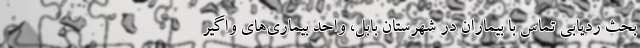
بحث ردیابی تماس با بیماران در شهرستان بابل، واحد بیماری‌های واگیر